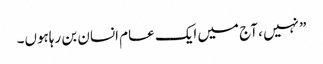
” نہیں ، آج میں ایک عام انسان بن رہاہوں۔